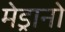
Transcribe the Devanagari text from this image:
मेड्रानो